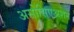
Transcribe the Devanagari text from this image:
असोसिएअशन